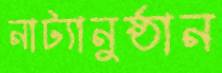
নাট্যানুষ্ঠান